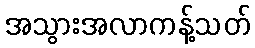
အသွားအလာကန့်သတ်